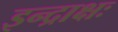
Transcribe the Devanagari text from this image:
इन्द्राक्षः